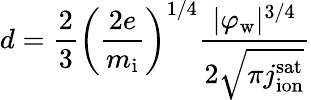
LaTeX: d={\frac{2}{3}}\left({\frac{2e}{m_{\mathrm{i}}}}\right)^{1/4}{\frac{|\varphi_{\mathrm{w}}|^{3/4}}{2{\sqrt{\pi j_{\mathrm{ion}}^{\mathrm{sat}}}}}}